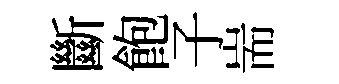
斷飽子耑